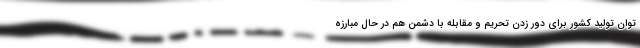
توان تولید کشور برای دور زدن تحریم‌ و مقابله با دشمن هم در حال مبارزه